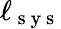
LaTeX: \ell_{\mathrm{~s~y~s~}}